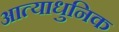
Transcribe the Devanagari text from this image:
आत्याधुनिक